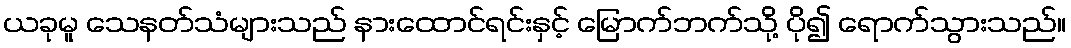
ယခုမူ သေနတ်သံများသည် နားထောင်ရင်းနှင့် မြောက်ဘက်သို့ ပို၍ ရောက်သွားသည်။